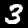
Label: 3